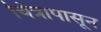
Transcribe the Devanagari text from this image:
चित्रापासून